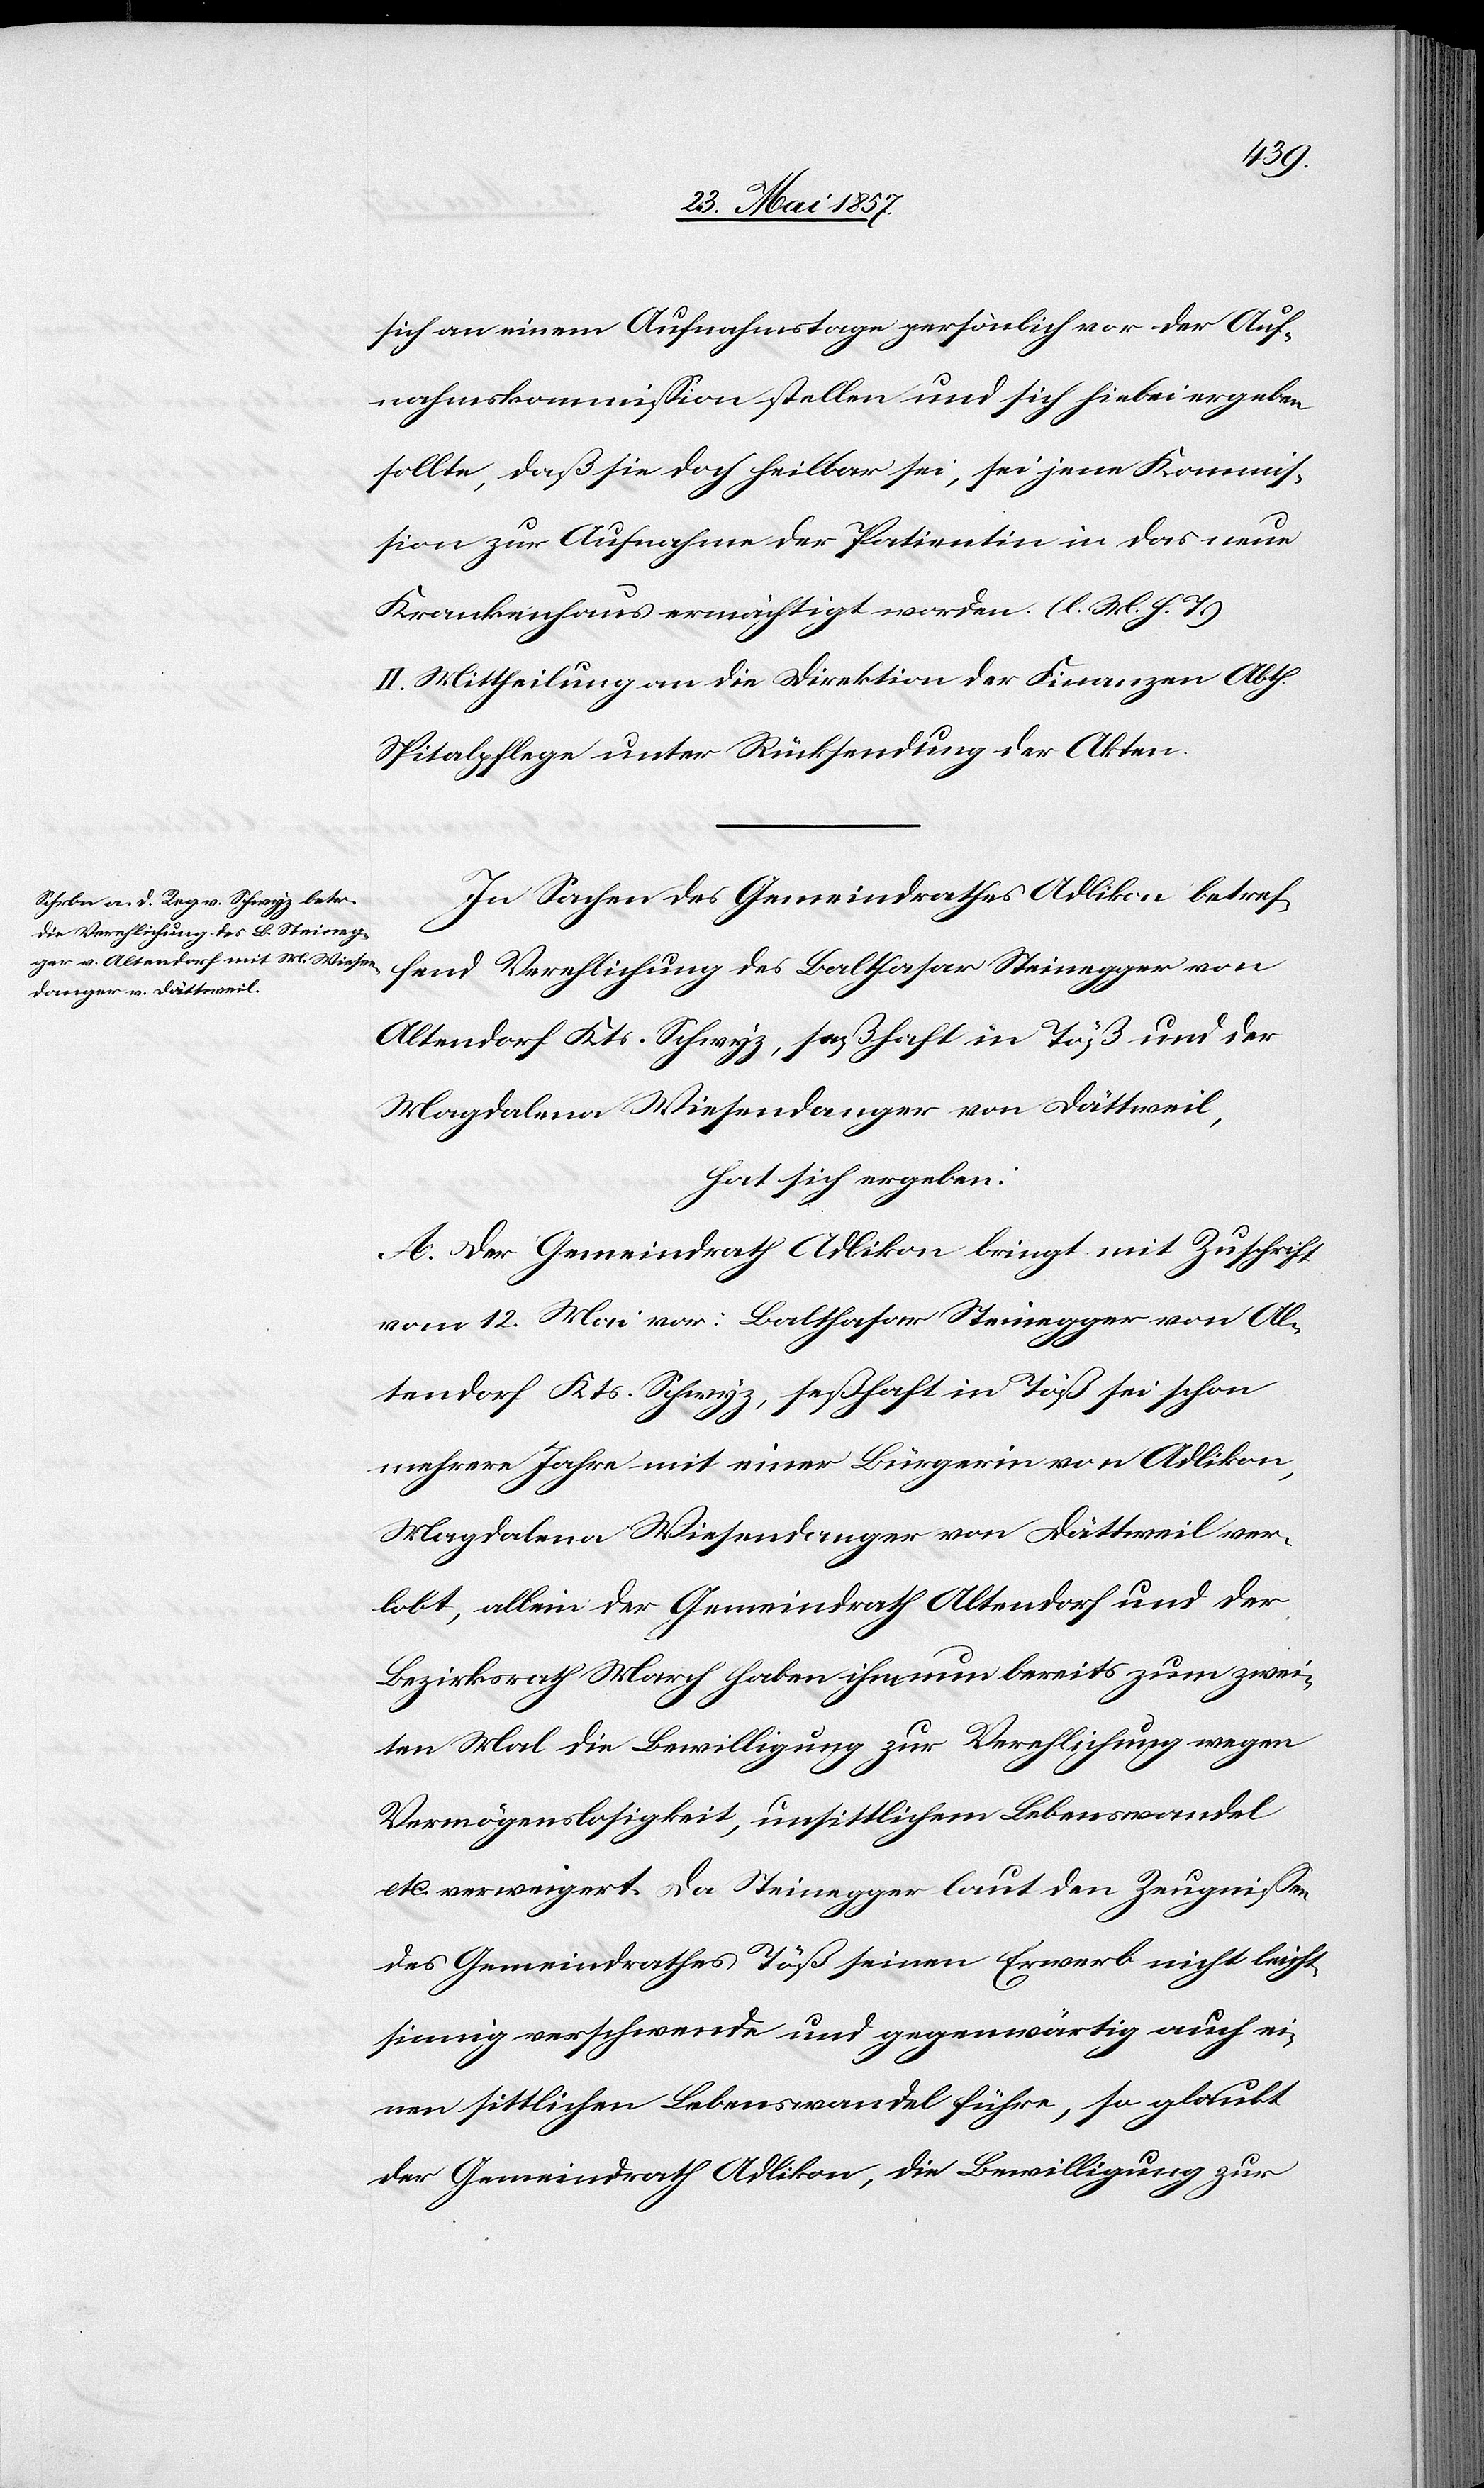
sich an einem Aufnahmstage persönlich vor der Auf¬
nahmskommission stellen und sich hiebei ergeben
sollte, daß sie doch heilbar sei, sei jene Kommis¬
sion zur Aufnahme der Patientin in das neue
Krankenhaus ermächtigt worden. [l. M. h. T.]
II. Mittheilung an die Direktion der Finanzen Abth.
Spitalpflege unter Rücksendung der Akten.
In Sachen des Gemeindrathes Adlikon betref¬
fend Verehlichung des Balthasar Steinegger von
Altendorf Kts. Schwyz, seßhaft in Töß und der
Magdalena Wiesendanger von Dättweil,
hat sich ergeben:
A. Der Gemeindrath Adlikon bringt mit Zuschrift
vom 12 Mai vor: Balthasar Steinegger von Al¬
tendorf Kts. Schwyz, seßhaft in Töß sei schon
mehrere Jahre mit einer Bürgerin von Adlikon,
Magdalena Wiesendanger von Dättweil ver¬
lobt, allein der Gemeindrath Altendorf und der
Bezirksrath March haben ihm nun bereits zum zwei¬
ten Mal die Bewilligung zur Verehlichung wegen
Vermögenslosigkeit, unsittlichem Lebenswandel
etc. verweigert. Da Steinegger laut den Zeugnissen
des Gemeindrathes Töß seinen Erwerb nicht leicht¬
sinnig verschwende und gegenwärtig auch ei¬
nen sittlichen Lebenswandel führe, so glaubt
der Gemeindrath Adlikon, die Bewilligung zur